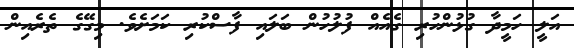
އަލީ ހަމީދާ ގުޅުންހުރި ގެއެއް ފުލުހުން ބަލައި ފާސްކުރި ކަމަށެވެ. މިގޭގެ ތެރެއިން